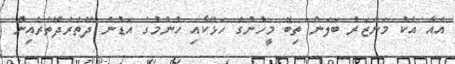
އެއާ އެކު މަންޒަރު ބަލަން ތިބޭ މީހުންގެ ހަޅޭކާއި ހުނުމުގެ އަޑުން ދޭތެރެދޭތެރެއިން